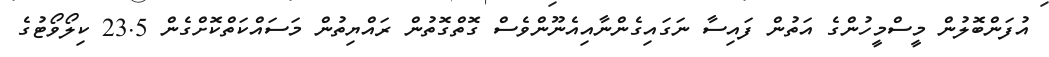
އުފަންބޮލުން މީސްމީހުންގެ އަތުން ފައިސާ ނަގައިގެންނާއިއެނޫންވެސް ގޮތްގޮތުން ރައްޔިތުން މަސައްކަތްކޮށްގެން 23.5 ކިލޯވޯޓުގެ